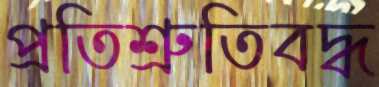
প্রতিশ্রুতিবদ্ধ